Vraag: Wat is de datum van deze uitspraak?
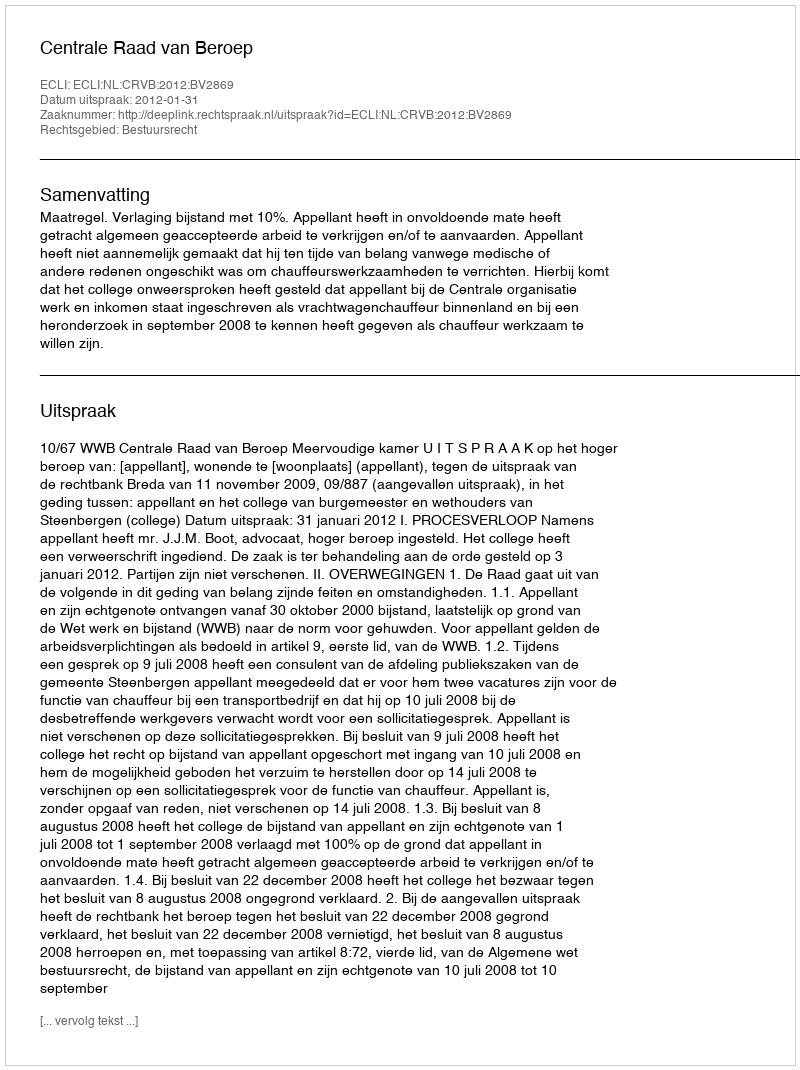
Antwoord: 2012-01-31